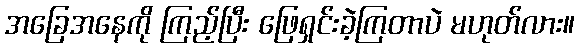
အခြေအနေကို ကြည့်ပြီး ဖြေရှင်းခဲ့ကြတာပဲ မဟုတ်လား။